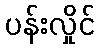
ပန်းလှိုင်